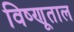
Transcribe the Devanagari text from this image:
विष्णूताल